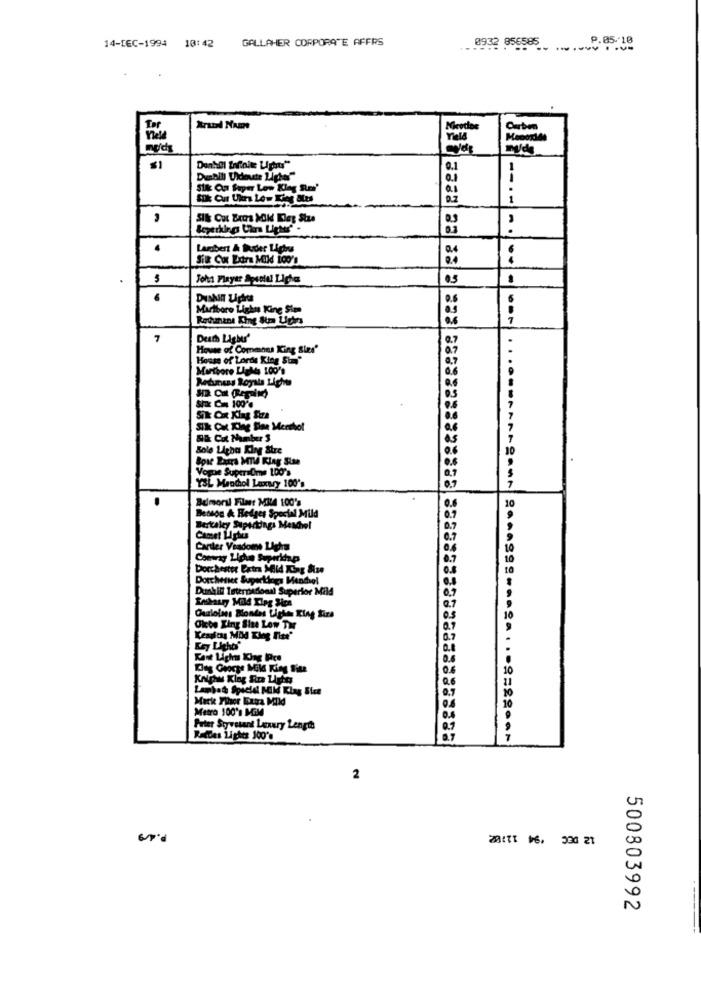
GALLAHER CORPORATE AFFRS
p.05.10
14-IEC-1994 10:42
...
0932 856585
Tor
Yield
$1
0.1
Sik On Super Low Kleg Rm'
Q.1
.
Silk Cur Uhrs Low Kieg Itas
1
.
Lambert & Buder Lighus
Silk Cox Extra Mild 1oo's
John Player Spaniel Liche
6
6
Marlboro Lighas Kine Sim
Rodunane King Stm Liphrs
7
7
Duth Lighus'
House of Commons King Sies'
House of Lords King Sta"
Marlboro Lights 100's
Six Cms 100'e
Sik Ox King Size
Sik Cut. King Siae Merchol
S& Col Number 3
Sole Witha King Stre
Vogue SupersOme 100's
YSL Maochol Luxury 100's
Bdmoral Filar Mil4 100's
Besson & Hedges Special Mild
Berkeley Supertings Meschel
Camet LIghes
Cartler Veadome Lighs
Comray Liche Superkp
Dorchester Extra Mid King Size
Dorchester Superkings Mendel
Dunhill International Superior Mild
Okbe King Size Low Tir
Kry Lights"
Kant Lich King Pce
Lambat Spiele Mild Klag Sice
Meck Fiher Extra Mild
Metro 100's
Pater Styretant Luxury Length
RatDes Lighes 100's
2
20171 16. 330 21
00
N
500803992